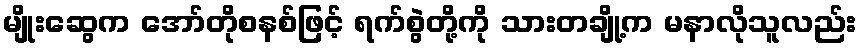
မျိုးဆွေက အော်တိုစနစ်ဖြင့် ရက်စွဲတို့ကို သားတချို့က မနာလိုသူလည်း